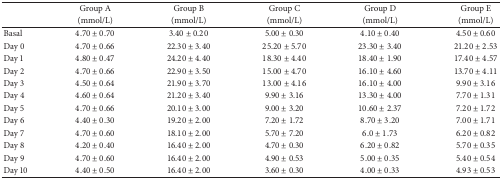
<table><thead><tr><td><b> </b></td><td><b>Group A</b></td><td><b>Group B</b></td><td><b>Group C</b></td><td><b>Group D</b></td><td><b>Group E</b></td></tr><tr><td><b> </b></td><td><b>(mmol/L)</b></td><td><b>(mmol/L)</b></td><td><b>(mmol/L)</b></td><td><b>(mmol/L)</b></td><td><b>(mmol/L)</b></td></tr></thead><tbody><tr><td>Basal</td><td>4.70 ± 0.70</td><td>3.40 ± 0.20</td><td>5.00 ± 0.30</td><td>4.10 ± 0.40</td><td>4.50 ± 0.60</td></tr><tr><td>Day 0</td><td>4.70 ± 0.66</td><td>22.30 ± 3.40</td><td>25.20 ± 5.70</td><td>23.30 ± 3.40</td><td>21.20 ± 2.53</td></tr><tr><td>Day 1</td><td>4.80 ± 0.47</td><td>24.20 ± 4.40</td><td>18.30 ± 4.40</td><td>18.40 ± 1.90</td><td>17.40 ± 4.57</td></tr><tr><td>Day 2</td><td>4.70 ± 0.66</td><td>22.90 ± 3.50</td><td>15.00 ± 4.70</td><td>16.10 ± 4.60</td><td>13.70 ± 4.11</td></tr><tr><td>Day 3</td><td>4.50 ± 0.64</td><td>21.90 ± 3.70</td><td>13.00 ± 4.16</td><td>16.10 ± 4.00</td><td>9.90 ± 3.16</td></tr><tr><td>Day 4</td><td>4.60 ± 0.64</td><td>21.20 ± 3.40</td><td>9.90 ± 3.16</td><td>13.30 ± 4.00</td><td>7.70 ± 1.31</td></tr><tr><td>Day 5</td><td>4.70 ± 0.66</td><td>20.10 ± 3.00</td><td>9.00 ± 3.20</td><td>10.60 ± 2.37</td><td>7.20 ± 1.72</td></tr><tr><td>Day 6</td><td>4.40 ± 0.30</td><td>19.20 ± 2.00</td><td>7.20 ± 1.72</td><td>8.70 ± 3.20</td><td>7.00 ± 1.71</td></tr><tr><td>Day 7</td><td>4.70 ± 0.60</td><td>18.10 ± 2.00</td><td>5.70 ± 7.20</td><td>6.0 ± 1.73</td><td>6.20 ± 0.82</td></tr><tr><td>Day 8</td><td>4.20 ± 0.40</td><td>16.40 ± 2.00</td><td>4.70 ± 0.30</td><td>6.20 ± 0.82</td><td>5.70 ± 0.35</td></tr><tr><td>Day 9</td><td>4.70 ± 0.60</td><td>16.40 ± 2.00</td><td>4.90 ± 0.53</td><td>5.00 ± 0.35</td><td>5.40 ± 0.54</td></tr><tr><td>Day 10</td><td>4.40 ± 0.50</td><td>16.40 ± 2.00</td><td>3.60 ± 0.30</td><td>4.00 ± 0.33</td><td>4.93 ± 0.53</td></tr></tbody></table>